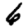
Digit: 6